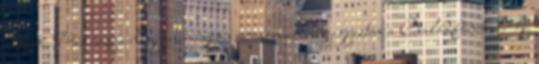
zugivó. Pár napja nagyon-nagyon szomorúan megjegyeztem a Családfőnek, hogy